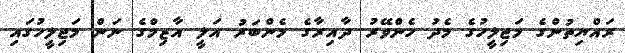
ރައްޔިތުންގެ މަޖިލީހުގެ މެދު ހެންވޭރު ދާއިރާގެ މެންބަރު އަލީ އާޒިމްގެ ނަން މަޖިލީހުގައި